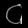
Digit: ၄